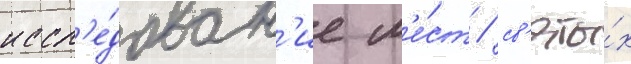
иссл'е́дован'ие м'е́ст / св'яты́х